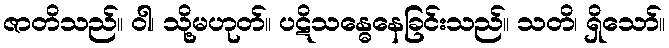
ဇာတိသည်။ ဝါ၊ သို့မဟုတ်။ ပဋိသန္ဓေနေခြင်းသည်။ သတိ၊ ရှိသော်။